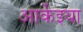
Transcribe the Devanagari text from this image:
आर्केइया